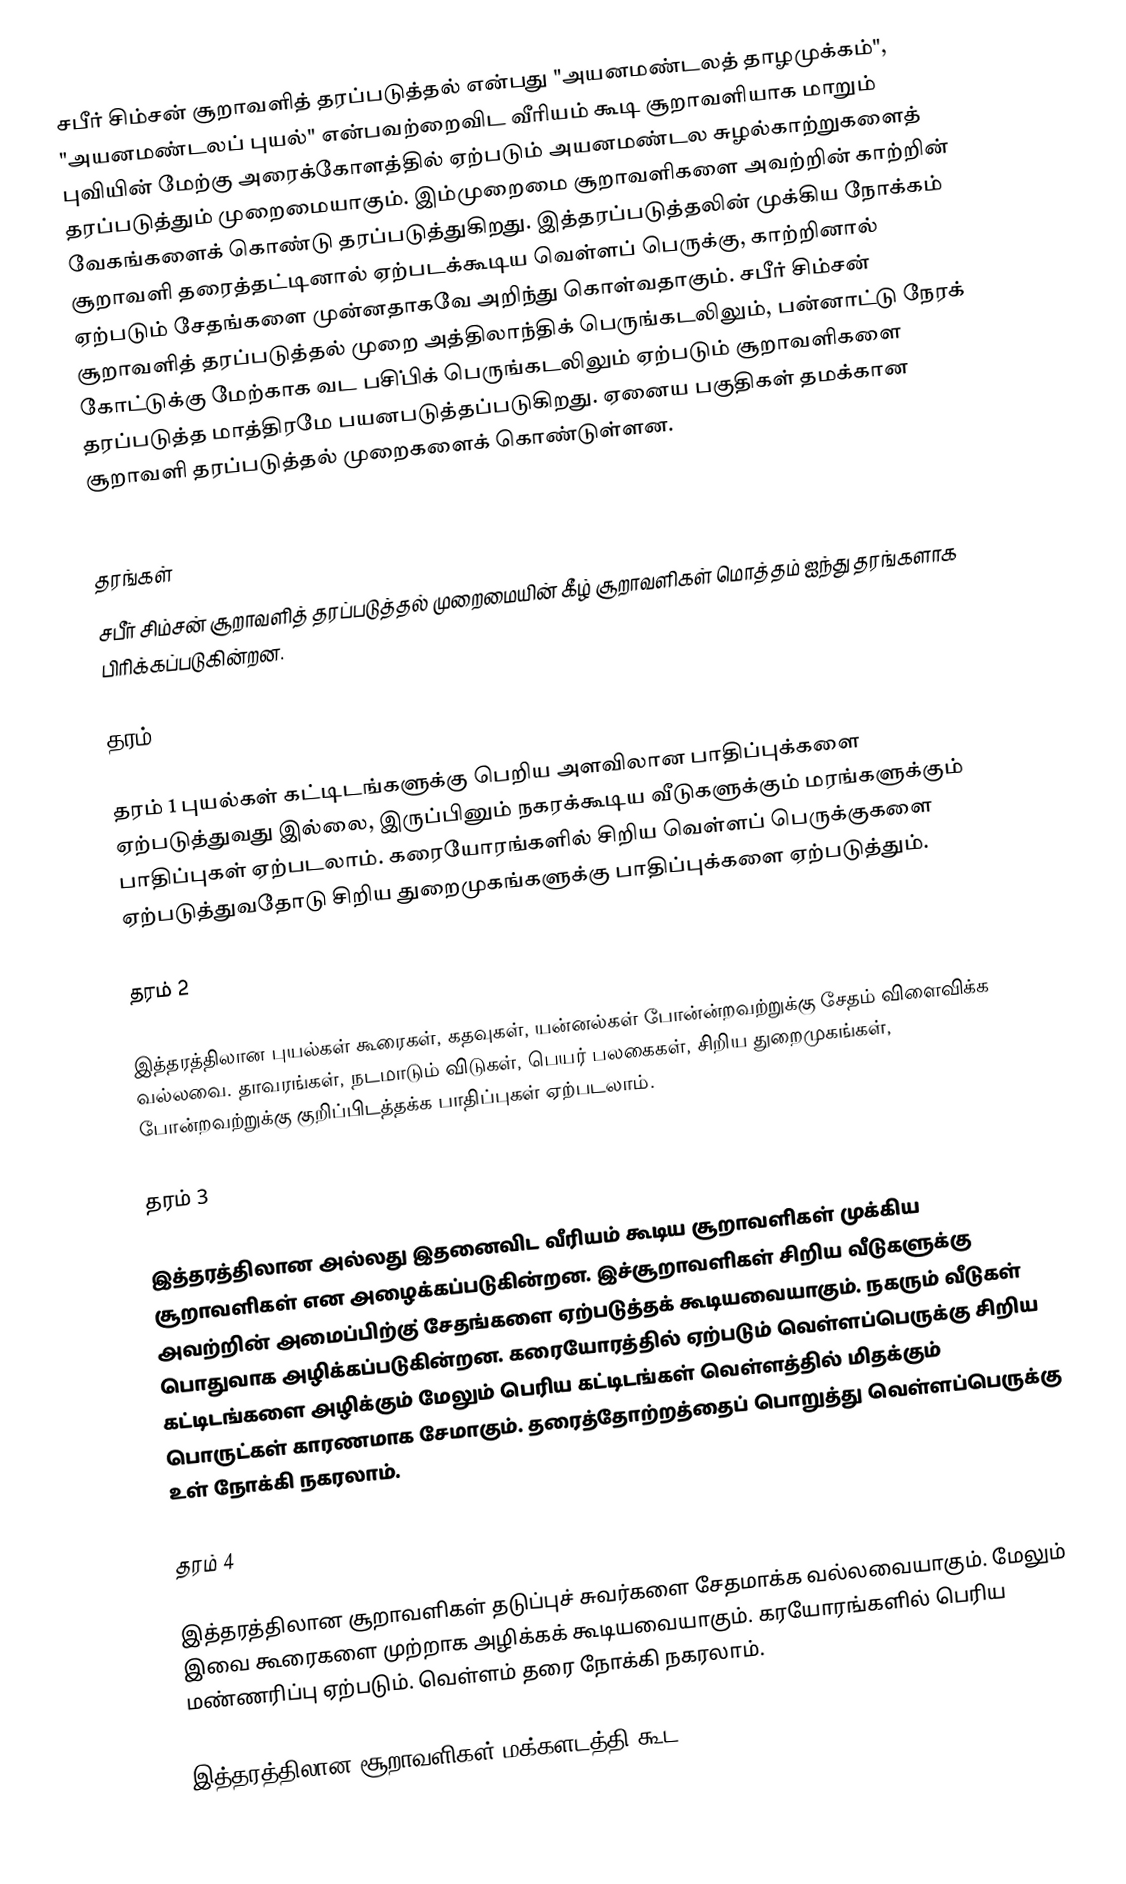
சபீர் சிம்சன் சூறாவளித் தரப்படுத்தல் என்பது  "அயனமண்டலத் தாழமுக்கம்", "அயனமண்டலப் புயல்" என்பவற்றைவிட வீரியம் கூடி சூறாவளியாக மாறும் புவியின் மேற்கு அரைக்கோளத்தில் ஏற்படும் அயனமண்டல சுழல்காற்றுகளைத் தரப்படுத்தும் முறைமையாகும். இம்முறைமை சூறாவளிகளை அவற்றின் காற்றின் வேகங்களைக் கொண்டு தரப்படுத்துகிறது. இத்தரப்படுத்தலின் முக்கிய நோக்கம் சூறாவளி தரைத்தட்டினால் ஏற்படக்கூடிய வெள்ளப் பெருக்கு, காற்றினால் ஏற்படும் சேதங்களை முன்னதாகவே அறிந்து கொள்வதாகும். சபீர் சிம்சன் சூறாவளித் தரப்படுத்தல் முறை அத்திலாந்திக் பெருங்கடலிலும், பன்னாட்டு நேரக் கோட்டுக்கு மேற்காக வட பசி்பிக் பெருங்கடலிலும் ஏற்படும் சூறாவளிகளை தரப்படுத்த மாத்திரமே பயனபடுத்தப்படுகிறது. ஏனைய  பகுதிகள் தமக்கான  சூறாவளி  தரப்படுத்தல்  முறைகளைக் கொண்டுள்ளன.

தரங்கள்
சபீர் சிம்சன் சூறாவளித் தரப்படுத்தல் முறைமையின் கீழ் சூறாவளிகள் மொத்தம் ஐந்து தரங்களாக பிரிக்கப்படுகின்றன.

தரம் 1

தரம் 1 புயல்கள் கட்டிடங்களுக்கு பெறிய அளவிலான பாதிப்புக்களை ஏற்படுத்துவது  இல்லை, இருப்பினும் நகரக்கூடிய வீடுகளுக்கும் மரங்களுக்கும் பாதிப்புகள் ஏற்படலாம். கரையோரங்களில் சிறிய வெள்ளப் பெருக்குகளை ஏற்படுத்துவதோடு சிறிய துறைமுகங்களுக்கு பாதிப்புக்களை ஏற்படுத்தும்.

தரம் 2

இத்தரத்திலான புயல்கள் கூரைகள், கதவுகள், யன்னல்கள் போன்ன்றவற்றுக்கு சேதம் விளைவிக்க வல்லவை. தாவரங்கள், நடமாடும் விடுகள், பெயர் பலகைகள், சிறிய துறைமுகங்கள், போன்றவற்றுக்கு குறிப்பிடத்தக்க பாதிப்புகள் ஏற்படலாம்.

தரம் 3

இத்தரத்திலான அல்லது இதனைவிட வீரியம் கூடிய சூறாவளிகள் முக்கிய சூறாவளிகள் என அழைக்கப்படுகின்றன. இச்சூறாவளிகள் சிறிய வீடுகளுக்கு அவற்றின் அமைப்பிற்கு் சேதங்களை ஏற்படுத்தக் கூடியவையாகும். நகரும் வீடுகள் பொதுவாக அழிக்கப்படுகின்றன. கரையோரத்தில் ஏற்படும் வெள்ளப்பெருக்கு சிறிய கட்டிடங்களை அழிக்கும் மேலும் பெரிய கட்டிடங்கள் வெள்ளத்தில் மிதக்கும் பொருட்கள் காரணமாக சேமாகும். தரைத்தோற்றத்தைப் பொறுத்து வெள்ளப்பெருக்கு  உள் நோக்கி நகரலாம்.

தரம் 4

இத்தரத்திலான சூறாவளிகள் தடுப்புச் சுவர்களை சேதமாக்க வல்லவையாகும். மேலும் இவை கூரைகளை முற்றாக அழிக்கக் கூடியவையாகும். கரயோரங்களில் பெரிய மண்ணரிப்பு ஏற்படும். வெள்ளம் தரை நோக்கி நகரலாம்.

இத்தரத்திலான சூறாவளிகள் மக்களடத்தி கூட